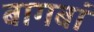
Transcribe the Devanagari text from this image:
बागबां